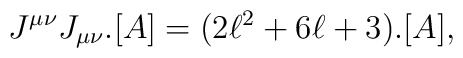
J^{\mu\nu}J_{\mu\nu}.[A] = (2\ell^2 + 6\ell + 3).[A],